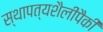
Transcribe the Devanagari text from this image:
स्थापत्यशैलींपैकी